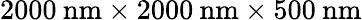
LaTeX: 2000\: \mathrm{nm}\times 2000\: \mathrm{nm}\times 500\: \mathrm{nm}